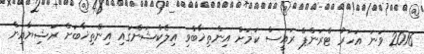
2016 ވަނަ އަހަރު ޓްރަންޕް ރައީސް ކަމަށް އިންތިޚާބްވި އިލެކްޝަންގައި އިންތިޚާބަށް ރަޝިޔާއިން